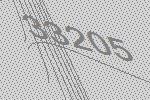
33205